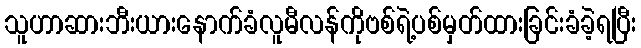
သူဟာဆားဘီးယားနောက်ခံလူမီလန်ကိုဗစ်ရဲ့ပစ်မှတ်ထားခြင်းခံခဲ့ရပြီး